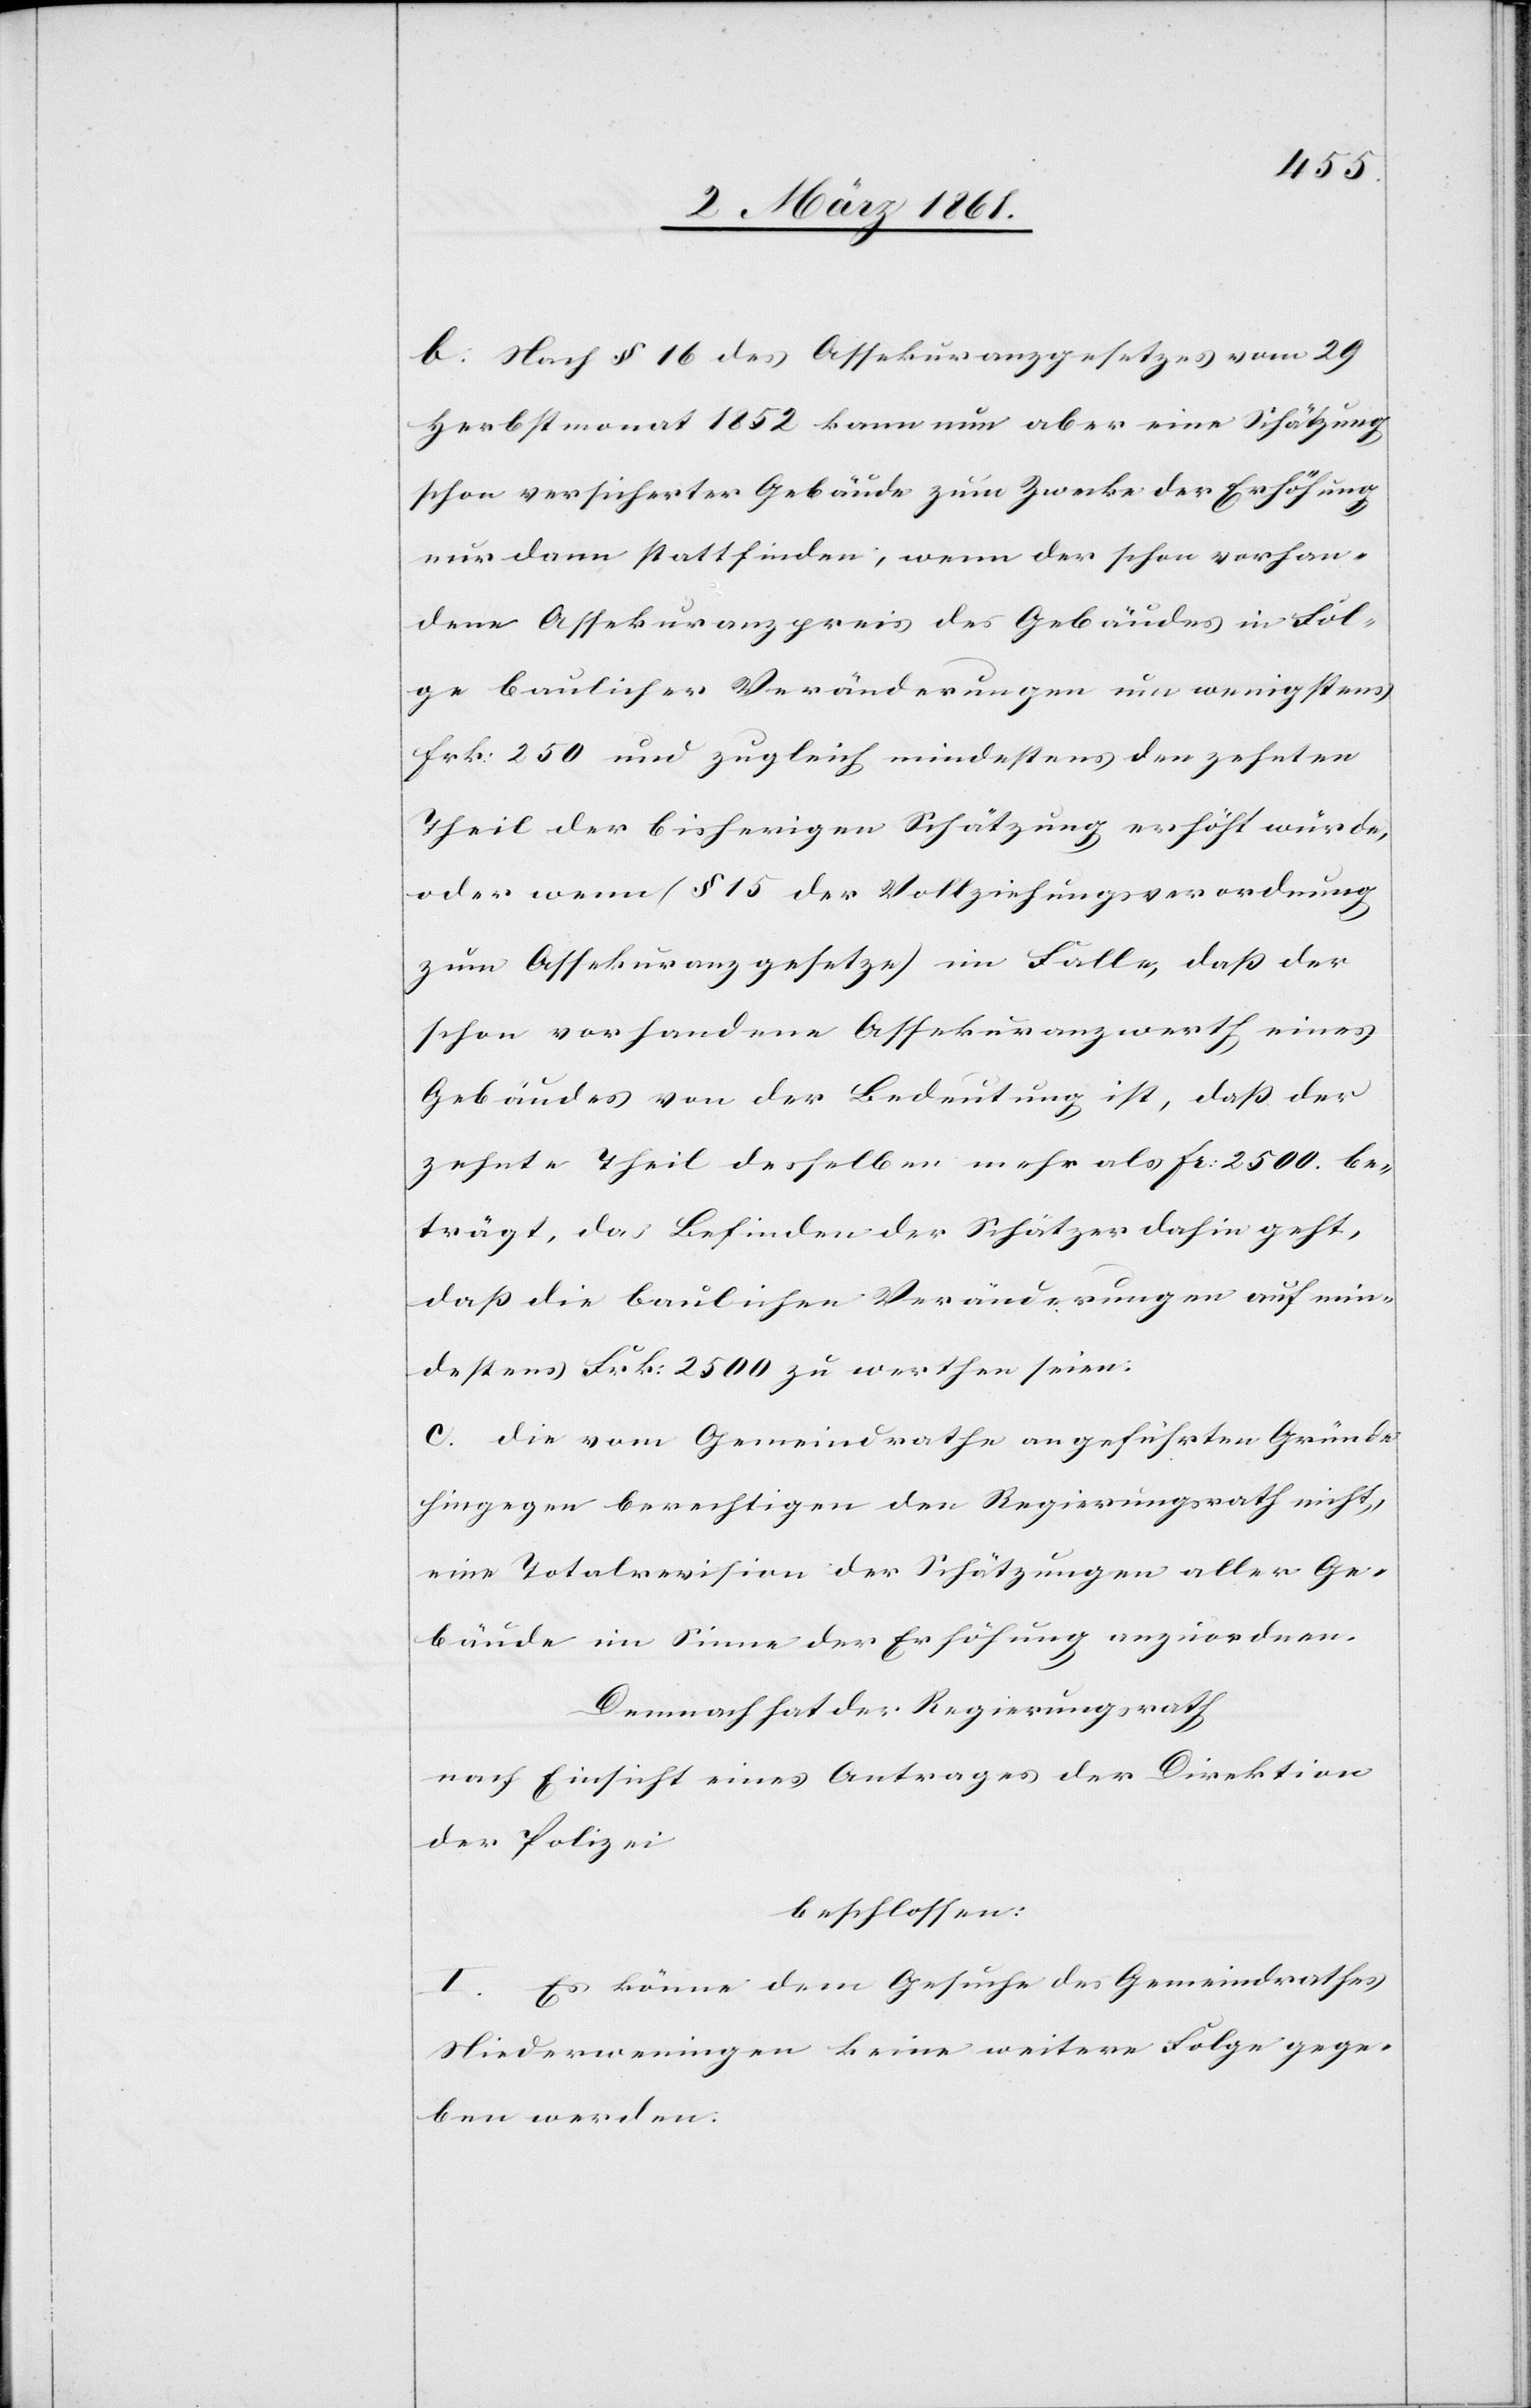
b. Nach § 16 des Assekuranzgesetzes vom 29
Herbstmonat 1852 kann nun aber eine Schätzung
schon versicherter Gebäude zum Zwecke der Erhöhung
nur dann stattfinden, wenn der schon vorhan¬
dene Assekuranzpreis des Gebäudes in Fol¬
ge baulicher Veränderungen um wenigstens
frk: 250 und zugleich mindestens den zehnten
Theil der bisherigen Schätzung erhöht würde,
oder wenn (§ 15 der Vollziehungsverordnung
zum Assekuranzgesetze) im Falle, dass der
schon vorhandene Assekuranzwerth eines
Gebäudes von der Bedeutung ist, dass der
zehnte Theil desselben mehr als fr. 2500. be¬
trägt, das Befinden der Schätzer dahin geht,
dass die baulichen Veränderungen auf min¬
destens Frk: 2500 zu werthen seien:
c. die vom Gemeindrathe angeführten Gründe
hingegen berechtigen den Regierungsrath nicht,
eine Totalrevision der Schätzungen aller Ge¬
bäude im Sinne der Erhöhung anzuordnen.
Demnach hat der Regierungsrath
nach Einsicht eines Antrages der Direktion
der Polizei
beschlossen:
I. Es könne dem Gesuche des Gemeindrathes
Niederweningen keine weitere Folge gege¬
ben werden.